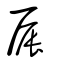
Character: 屒